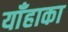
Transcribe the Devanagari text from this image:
याँहाका